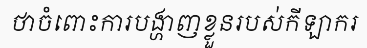
ថាចំពោះការបង្ហាញខ្លួនរបស់កីឡាករ